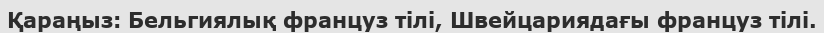
Қараңыз: Бельгиялық француз тілі, Швейцариядағы француз тілі.